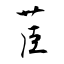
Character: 茞